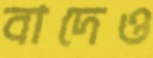
বাদেও